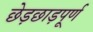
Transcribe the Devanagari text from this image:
छेड़छाड़पूर्ण